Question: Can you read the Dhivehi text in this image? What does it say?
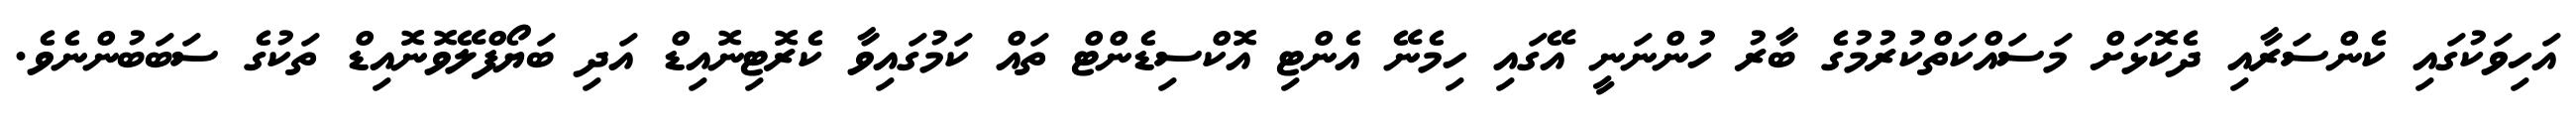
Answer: އަހިވަކުގައި ކެންސަރާއި ދެކޮޅަށް މަސައްކަތްކުރުމުގެ ބާރު ހުންނަނީ އޭގައި ހިމެނޭ އެންޓި އޮކްސިޑެންޓް ތައް ކަމުގައިވާ ކެރޮޓިނޮއިޑް އަދި ބަޔޯފްލޭވޮނޮއިޑް ތަކުގެ ސަބަބުންނެވެ.